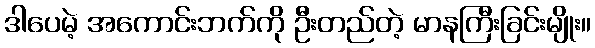
ဒါပေမဲ့ အကောင်းဘက်ကို ဦးတည်တဲ့ မာနကြီးခြင်းမျိုး။